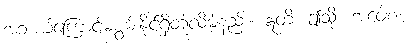
အဘယ်ကြောင့်မစွမ်းနိုင်ရှိတုံလိမ့်နည်း။ ဣတိ၊ ဤသို့။ အဝေါစ၊